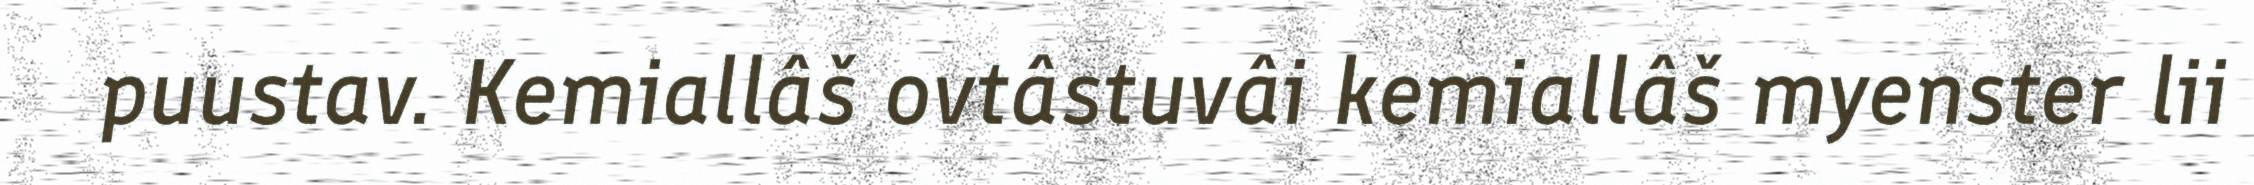
puustav. Kemiallâš ovtâstuvâi kemiallâš myenster lii